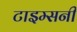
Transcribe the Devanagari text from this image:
टाइम्सनी